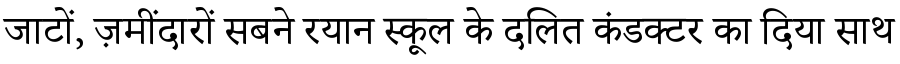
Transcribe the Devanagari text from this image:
जाटों, ज़मींदारों सबने रयान स्कूल के दलित कंडक्टर का दिया साथ